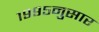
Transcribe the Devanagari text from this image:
१९९५नुसार